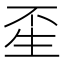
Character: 𤯚